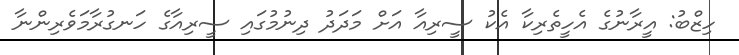
ހިޒްބު: އީރާނުގެ އެހީތެރިކާ އެކު ސީރިއާ އަށް މަދަދު ދިނުމުގައި ސީރިއާގެ ހަނގުރާމަވެރިންނާ